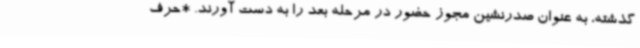
گذشته، به عنوان صدرنشین مجوز حضور در مرحله بعد را به دست آورند. *حرف